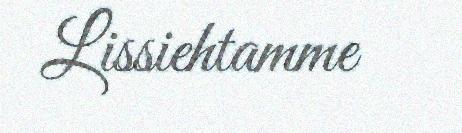
Lissiehtamme